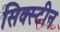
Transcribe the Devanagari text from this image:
सिक्स्टीन